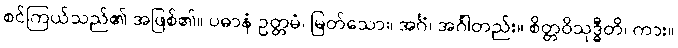
စင်ကြယ်သည်၏ အဖြစ်၏။ ပဓာနံ ဥတ္တမံ၊ မြတ်သော။ အင်္ဂံ၊ အင်္ဂါတည်း။ စိတ္တဝိသုဒ္ဓီတိ၊ ကား။